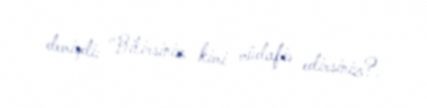
demişdi: "Bilirsiniz kimi müdafiə edirsiniz?.